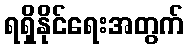
ရရှိနိုင်ရေးအတွက်